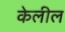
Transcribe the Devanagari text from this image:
केलील